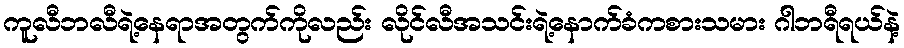
ကူလီဘလီရဲ့နေရာအတွက်ကိုလည်း လိုင်လီအသင်းရဲ့နောက်ခံကစားသမား ဂါဘရီရယ်နဲ့